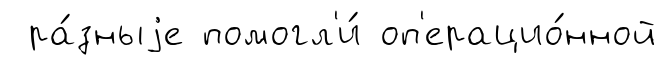
ра́зныjе помогл'и́ оп'ерацио́нной